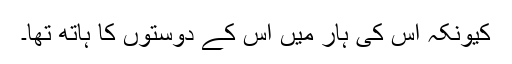
کیونکہ اس کی ہار میں اس کے دوستوں کا ہاتھ تھا۔